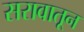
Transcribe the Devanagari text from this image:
सरावातून